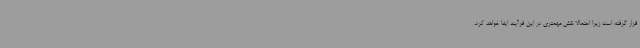
قرار گرفته است زیرا احتمالا نقش مهمتری در این فرآیند ایفا خواهد کرد.